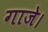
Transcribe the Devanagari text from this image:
गाजे।